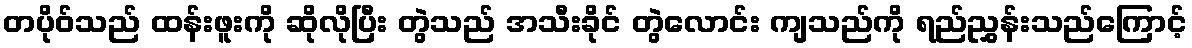
တပိုဝ်သည် ထန်းဖူးကို ဆိုလိုပြီး တွဲသည် အသီးခိုင် တွဲလောင်း ကျသည်ကို ရည်ညွှန်းသည်ကြောင့်